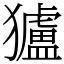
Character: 獹